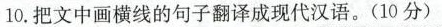
10.把文中画横线的句子翻译成现代汉语。 （10分）